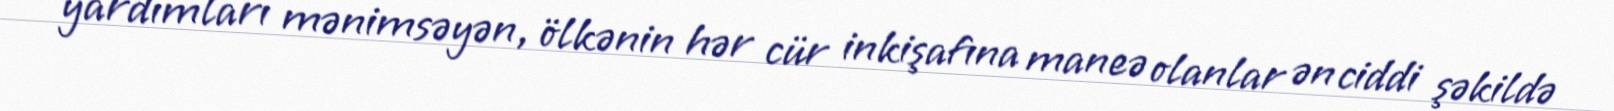
yardımları mənimsəyən, ölkənin hər cür inkişafına maneə olanlar ən ciddi şəkildə